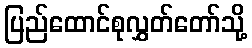
ပြည်ထောင်စုလွှတ်တော်သို့